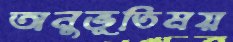
অনুভূতিময়